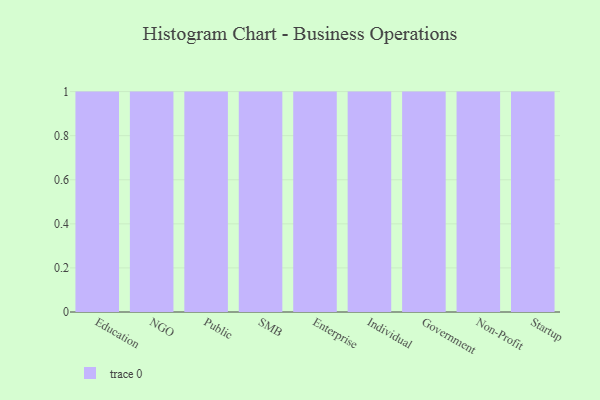
{"axis": {"x": "Segment", "y": "Backlog"}, "legend": [""], "data": [{"x": "Education", "y": 4, "type": ""}, {"x": "NGO", "y": 14, "type": ""}, {"x": "Public", "y": 37, "type": ""}, {"x": "SMB", "y": 31, "type": ""}, {"x": "Enterprise", "y": 38, "type": ""}, {"x": "Individual", "y": 20, "type": ""}, {"x": "Government", "y": 11, "type": ""}, {"x": "Non-Profit", "y": 10, "type": ""}, {"x": "Startup", "y": 76, "type": ""}]}